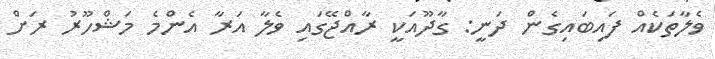
ވެލާތަކެއް ފައިބައިގެން ދަނީ: ގާދޫއަކީ ރާއްޖޭގައި ވެލާ އަރާ އެންމެ މަޝްހޫރު ރަށް